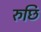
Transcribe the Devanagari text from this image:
रुछि